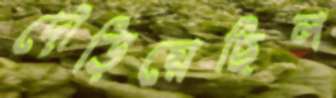
দৌড়িয়েছিল